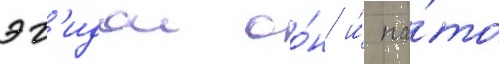
эг'идои оо́н и́ на́то